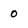
Character: o